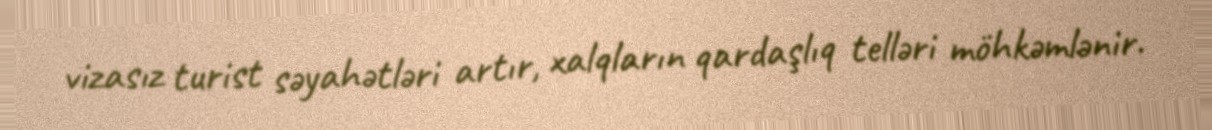
vizasız turist səyahətləri artır, xalqların qardaşlıq telləri möhkəmlənir.